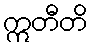
ဣတီတိ